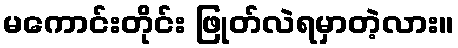
မကောင်းတိုင်း ဖြုတ်လဲရမှာတဲ့လား။